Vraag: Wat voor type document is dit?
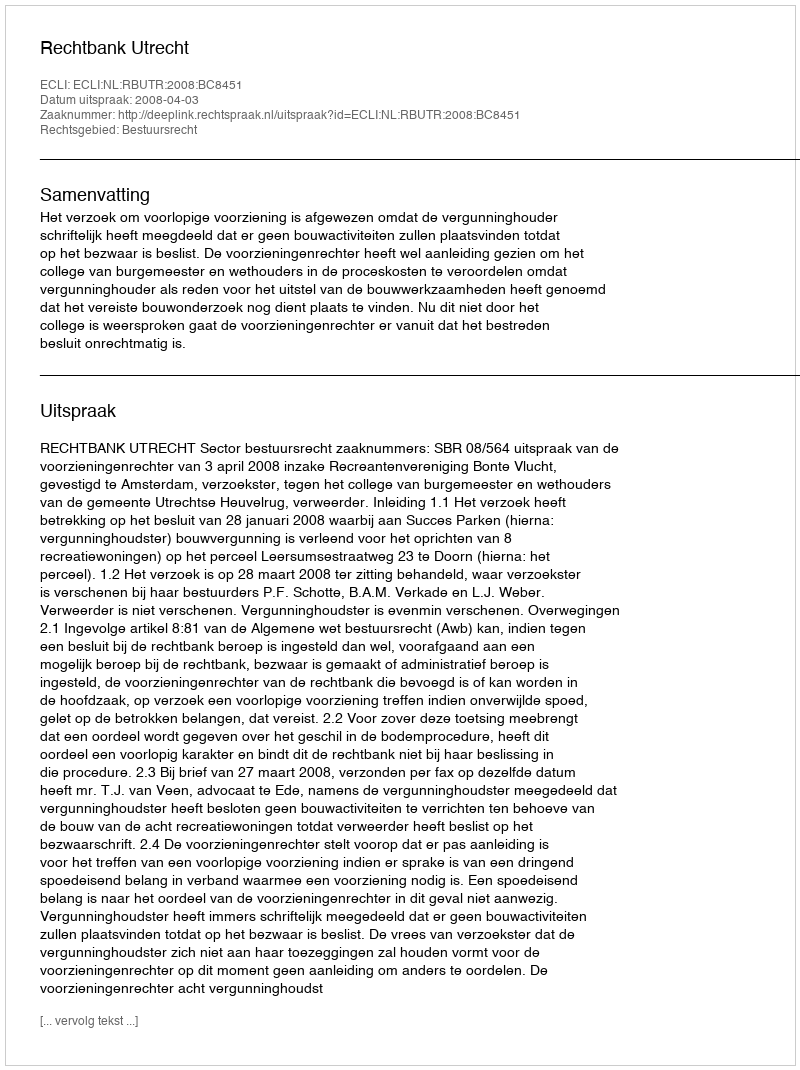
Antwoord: Uitspraak